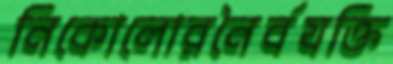
নিকোলোরনৈর্বযক্তি